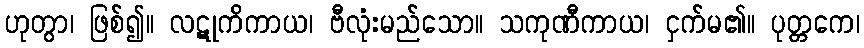
ဟုတွာ၊ ဖြစ်၍။ လဋုကိကာယ၊ ဗီလုံးမည်သော။ သကုဏီကာယ၊ ငှက်မ၏။ ပုတ္တကေ၊